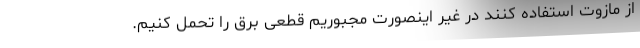
از مازوت استفاده کنند در غیر اینصورت مجبوریم قطعی برق را تحمل کنیم.